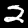
Label: 2